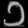
Digit: ၁